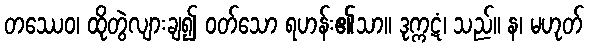
တဿေဝ၊ ထိုတွဲလျားချ၍ ဝတ်သော ရဟန်း၏သာ။ ဒုက္ကဋံ၊ သည်။ န၊ မဟုတ်